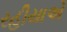
રહીયાએ